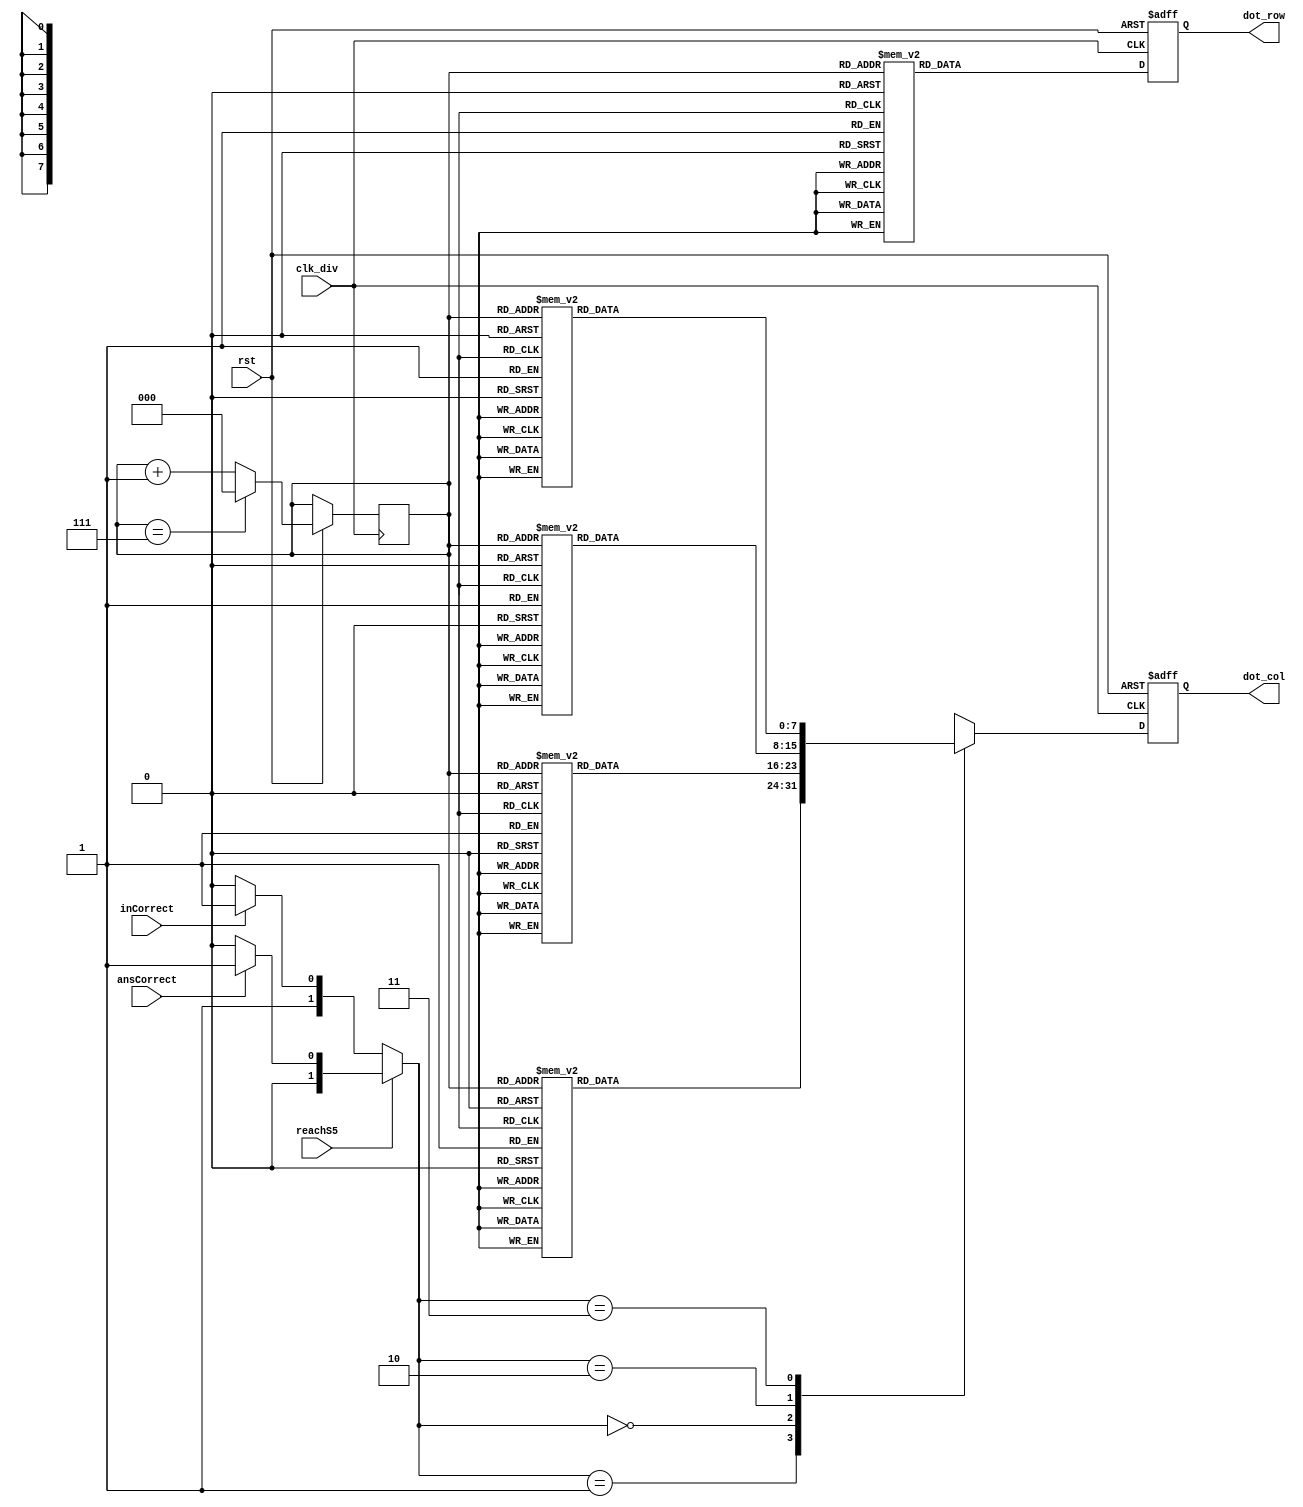
module DotMatrixDisplay(reachS5,clk_div, rst, inCorrect, ansCorrect, dot_row, dot_col);
input clk_div, rst, inCorrect, ansCorrect, reachS5;
output [7:0]dot_row;
output [7:0]dot_col;
reg [7:0]dot_row;
reg [7:0]dot_col;

reg [2:0] row_count;
reg [1:0] signal;

parameter wrong = 2'd0, correct = 2'd1, error = 2'd2, ok = 2'd3;

always@ (inCorrect or ansCorrect or reachS5)
begin
	if(!reachS5)begin
		if (inCorrect == 0)
			 begin
				  signal = error;
			 end

			 else 
			 begin
				  signal = ok;
			 end
		 		
	end
	
	else begin
		if (ansCorrect == 0)
		 begin
			  signal = wrong;;
		 end

		 else
		 begin
			  signal = correct;
		 end
	end  

    
end

always@ (posedge clk_div or negedge rst)
begin
	if (~rst)
	begin
		dot_row <= 8'b11111111;
		dot_col <= 8'b00000000;
	end
    
	else
	begin
		if (row_count == 7) row_count <= 0;
		else row_count <= row_count + 1;

		case (row_count)
			3'd0: dot_row <= 8'b01111111;
			3'd1: dot_row <= 8'b10111111;
			3'd2: dot_row <= 8'b11011111;
			3'd3: dot_row <= 8'b11101111;
			3'd4: dot_row <= 8'b11110111;
			3'd5: dot_row <= 8'b11111011;
			3'd6: dot_row <= 8'b11111101;
			3'd7: dot_row <= 8'b11111110;
		endcase

        case (signal)
            correct: //O
            begin
                case (row_count)
                    3'd0: dot_col <= 8'b11111111;
                    3'd1: dot_col <= 8'b10000001;
                    3'd2: dot_col <= 8'b10000001;
                    3'd3: dot_col <= 8'b10000001;
                    3'd4: dot_col <= 8'b10000001;
                    3'd5: dot_col <= 8'b10000001;
                    3'd6: dot_col <= 8'b10000001;
                    3'd7: dot_col <= 8'b11111111;
                endcase
            end

            wrong: //X
            begin
                case (row_count)
                    3'd0: dot_col <= 8'b10000001;
                    3'd1: dot_col <= 8'b01000010;
                    3'd2: dot_col <= 8'b00100100;
                    3'd3: dot_col <= 8'b00011000;
                    3'd4: dot_col <= 8'b00011000;
                    3'd5: dot_col <= 8'b00100100;
                    3'd6: dot_col <= 8'b01000010;
                    3'd7: dot_col <= 8'b10000001;
                endcase
            end

            error: //no
            begin
                case (row_count)
                    3'd0: dot_col <= 8'b00000000;
                    3'd1: dot_col <= 8'b10010111;
                    3'd2: dot_col <= 8'b11010101;
                    3'd3: dot_col <= 8'b11010101;
                    3'd4: dot_col <= 8'b10110101;
                    3'd5: dot_col <= 8'b10110101;
                    3'd6: dot_col <= 8'b10010111;
                    3'd7: dot_col <= 8'b00000000;
                endcase
            end

            ok: //OK
            begin
                case (row_count)
                    3'd0: dot_col <= 8'b00000000;
                    3'd1: dot_col <= 8'b11101001;
                    3'd2: dot_col <= 8'b10101010;
                    3'd3: dot_col <= 8'b10101100;
                    3'd4: dot_col <= 8'b10101100;
                    3'd5: dot_col <= 8'b10101010;
                    3'd6: dot_col <= 8'b11101001;
                    3'd7: dot_col <= 8'b00000000;
                endcase
            end

            default:
            begin
                dot_col <= 8'b00000000;
            end
        endcase
		
	end
end

endmodule